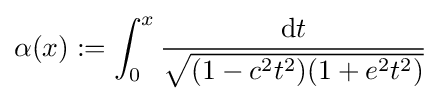
\alpha (x):=\int _{0}^{x}{\frac {\mathrm {d} t}{\sqrt {(1-c^{2}t^{2})(1+e^{2}t^{2})}}}